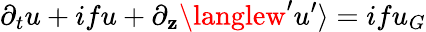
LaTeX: \partial_{t}u+ifu+\partial_{\mathbf{z}}\langlew^{\prime}u^{\prime}\rangle=ifu_{G}